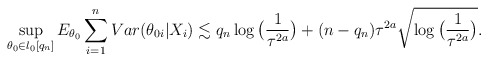
\begin{align*} \sup_{\theta_{0}\in l_{0}[q_{n}]}E_{\theta_{0}} \sum_{i=1}^{n} Var(\theta_{0i}|X_i) \lesssim q_n\log\big(\frac{1}{\tau^{2a}}\big)+(n-q_n)\tau^{2a}\sqrt{\log\big(\frac{1}{\tau^{2a}}\big)}. \end{align*}